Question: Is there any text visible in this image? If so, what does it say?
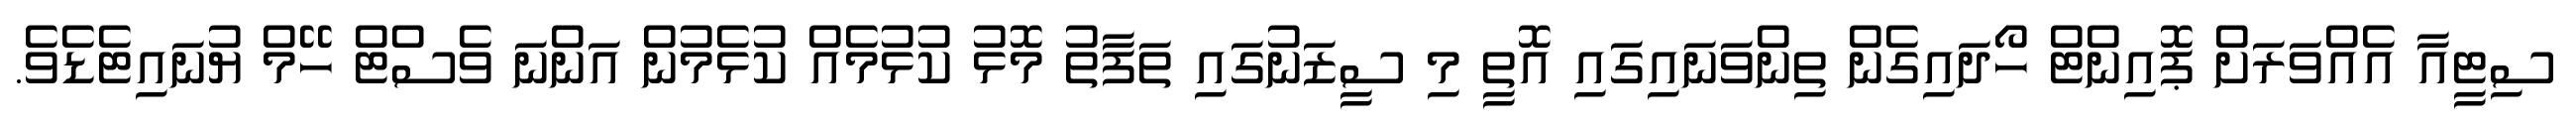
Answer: ސިޓީއާ އެއްވަރަށް ޕޮއިންޓް ހޯދައިގެން ތިންވަނައިގައި އޮތީ މި ސީޒަނުގައި ތަފާތު މޮޅު ކުޅުމެއް ކުޅެމުން އަންނަ ވެސްޓް ހޭމް ޔުނައިޓެޑެވެ.